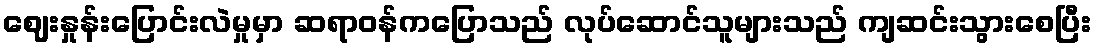
ဈေးနှုန်းပြောင်းလဲမှုမှာ ဆရာဝန်ကပြောသည် လုပ်ဆောင်သူများသည် ကျဆင်းသွားစေပြီး